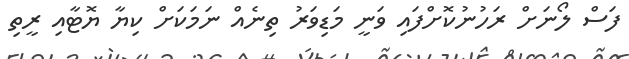
ފަސް ލޯނަށް ރަހުނުކޮށްފައި ވަނީ މަޑިވަރު ތިނެއް ނަމަކަށް ކިޔާ ޔޮޓާއި ރީތި